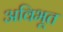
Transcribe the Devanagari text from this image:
अविभूत